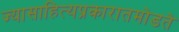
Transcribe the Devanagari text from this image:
ज्यासाहित्यप्रकारातमोडते